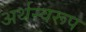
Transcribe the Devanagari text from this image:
अर्थस्वरूप